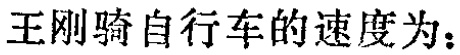
王刚骑自行车的速度为：